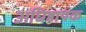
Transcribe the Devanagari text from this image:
अधिष्ठायक